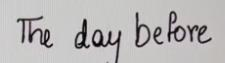
The day before